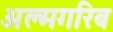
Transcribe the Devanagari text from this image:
अल्मगरिब